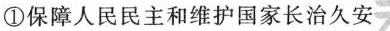
①保障人民民主和维护国家长治久安